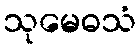
သုမေဓသံ